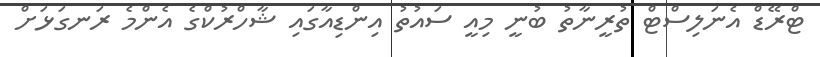
ޓްރޭޑް އެނަލިސްޓް ތުރީނާތު ބުނީ މިއީ ސައުތު އިންޑިއާގައި ޝާހްރުކްގެ އެންމެ ރަނގަޅަށް